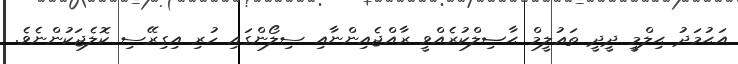
އަޙުމަދު ޙިލްމީ ދީދީ ތަޢުލީމް ޙާޞިލްކުރެއްވީ ރާއްޖެއިންނާއި ސިލޯންގައި ހުރި އިގިރޭސި ކޮލެޖަކުންނެވެ.